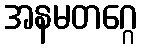
အနမတဂ္ဂေ